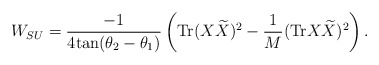
\begin{align*}W_{SU} = \frac{-1}{4 \mbox{tan} (\theta_2 - \theta_1) } \left( \mbox{Tr} ( X {\widetilde X} )^2 - \frac{1}{M} (\mbox{Tr} X {\widetilde X})^2 \right).\end{align*}